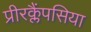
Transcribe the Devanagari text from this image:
प्रीरक्लैंपसिया